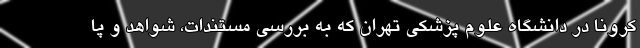
کرونا در دانشگاه علوم پزشکی تهران که به بررسی مستندات، شواهد و پا